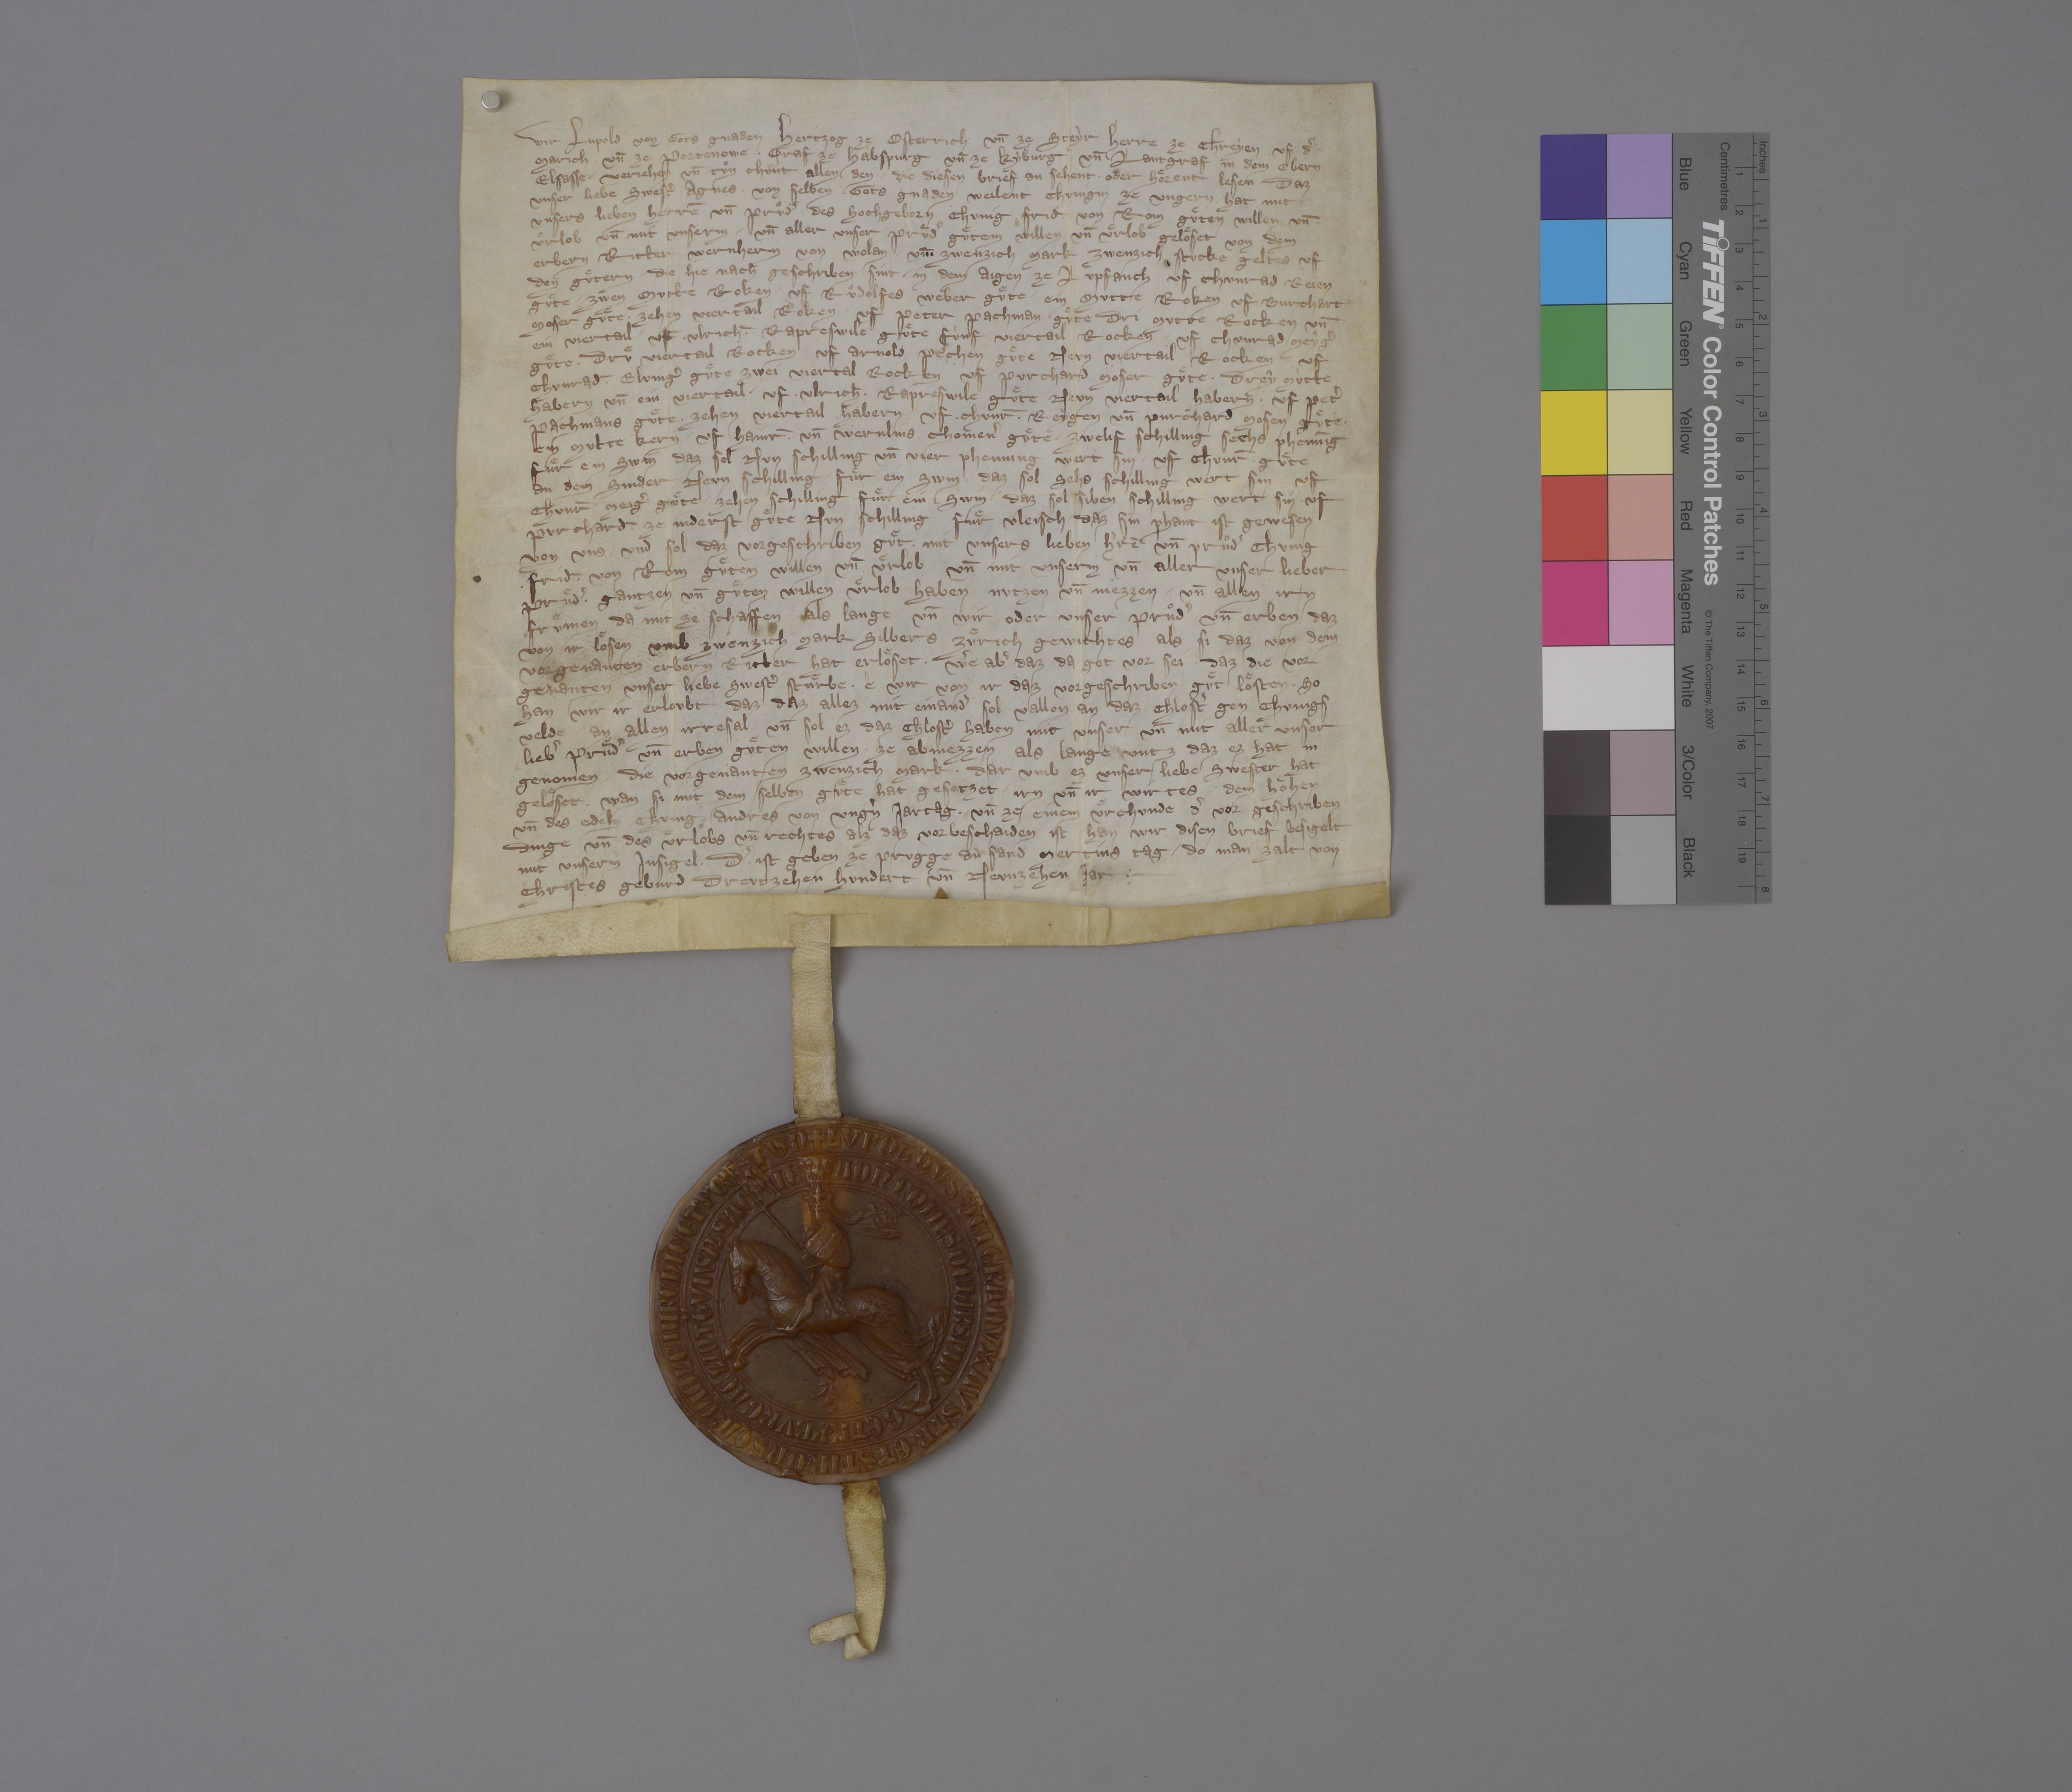
Wir, Lupold, von gots gnaden hertzog ze Osterrich un̄ ze Steyr, herre ze Chreyen, uf dˀ
Marich un̄ ze Portenowe, ✳ graf ze Habspurg un̄ ze Kyburg ✳ und lantgraf in dem Obern
Elsasse, ✳ verjehen un̄ tuͦn chùnt allen den, ✳ die diesen brief an sehent ✳ oder hoͤrent lesen, daz
unser liebe swestˀ Agnes, ✳ von selben gots gnaden weilent chunigin ze Ungern, ✳ hat mit
unsers lieben herrē un̄ pruͦdˀ, des hochgeborn chunig Frid̄ von Rom, guͤten willen un̄
uͤrlob un̄ mit unserm ✳ un̄ aller unser pruͦdˀ guͤtem willen un̄ uͤrlob geloͤset von dem
erbern ritter Wernhern von Wolan ✳ um̄ zwenzich mark zwenzich stucke geltes uf
den guͤtern, ✳ die hie nach geschriben sint: ✳ in dem Aigen zu Lupfanch uf Chunrad Reien
guͤte ✳ zwen mutte roken, ✳ uf Ruͦdolfes Weber guͤte ein mutte roken, uf Burchart
Moser guͤte ✳ zehen viertail roken, ✳ uf Peter Pachman guͤte dri mutte rocken un̄
ein viertail, uf Ulrich̄ ✳ Rapreswile guͤte fùnf viertail rocken, ✳ uf Chunrad Meygˀ
guͤte ✳ druͤ viertail rocken, ✳ uf Arnold Pechen guͤte neun viertail rocken, uf
Chunrad̄ ✳ Elvingˀ guͤte zwei viertail rocken, uf Purchard Moser guͤte ✳ drey mùtte
habern un̄ ein viertail, ✳ uf Ulrich Rapreswile guͤte neun viertail habern, ✳ uf Petˀ
Pachmans guͤte zehen viertail ✳ habern, ✳ uf Chunr̄ ✳ Reygen un̄ Purchard Mosen guͤte ✳
ein mutte kern, ✳ uf Hainr̄ ✳ un̄ Wernlins Chomenˀ guͤte ✳ zwelif schilling sechs phennīg
fuͤr ein swin, daz sol nun schilling un̄ vier phenning wert sin, ✳ uf Chunr̄ guͤte
an dem Sinder neun schilling fuͤr ein swin, daz sol sehs schilling wert sin, uf
Chunr̄ Meigˀ guͤte ✳ zehen schilling fuͤr ein swin, ✳ daz sol siben schilling wert sin, ✳ uf
Purchard̄ ze Niderst guͤte nun schilling fuͤr vleisch, daz sin phant ist gewesen
von uns, ✳ und sol daz vorgeschriben guͤt mit unsers lieben hˀrē un̄ pruͦdˀ, chunig
✳ Frid̄ von Rom, guͤten willen un̄ uͤrlob un̄ mit unserm un̄ aller unser lieber
pruͤdˀ ✳ gantzen un̄ guͤten willen uͤrlob haben, nutzen un̄ niezzen ✳ un̄ allen irn
fruͤmen da mit ze schaffen, als lange un̄ wir oder unser pruͦdˀ un̄ erben daz
von ir loͤsen umb zwenzich mark silbers Zuͤrich gewichtes, als si daz von dem
vorgenanten erbern ritter hat erloͤset. ✳ wˀe abˀ daz, da got vor sei, ✳ daz die vor¬
genanten unser liebe swestˀ stuͤrbe, ✳ ê wir von ir daz vorgeschriben guͤt loͤsten, ✳ so
han wir ir erloubt, daz daz allez mit einandˀ sol vallen an daz chlostˀ gen Chunigs-
velde ✳ an allen irresal. un̄ sol ez daz chlostˀ haben mit unser un̄ mit aller unser
liebˀ pruͤdˀ un̄ erben guͤten willen ✳ ze abniezzen als lange, untz daz ez hat in
genomen ✳ die vorgenanten zwenzich mark, ✳ dar umb ez unser liebe swester hat
geloͤset, wan sie mit dem selben guͤte hat gesetzet irn un̄ ir wirtes, ✳ dem hoͤhen
un̄ des edeln chung Andres von Ungˀn jartag. ✳ un̄ ze einem uͤrchunde dˀ vor geschriben
dinge un̄ des uͤͤrlobs un̄ rechtes alz daz vorbeschaiden ist, han wir disen brief besigelt
mit unserm insigel, ✳ dˀ ✳ ist geben ze Prugge an sand Mertins tag, ✳ do man zalt von
Christes geburd dreutzehen hundert un̄ neunzehen jar. ✳